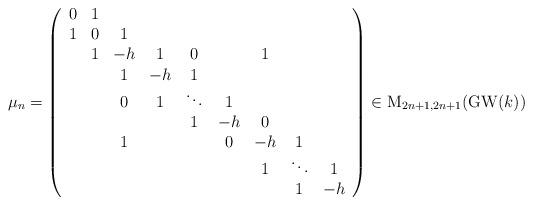
LaTeX: \begin{align*}\mu_{n}=\left(\begin{array}{ccccccccc}0 & 1\\1 & 0 & 1\\ & 1 & -h & 1 & 0 & & 1\\ & & 1 & -h & 1 \\ & & 0 & 1 & \ddots & 1\\ & & & & 1 & -h & 0\\ & & 1 & & & 0 & -h & 1\\ & & & & & & 1 & \ddots & 1 \\ & & & & & & & 1 & -h\end{array}\right)\in \mathrm{M}_{2n+1,2n+1}(\mathrm{GW}(k))\end{align*}